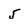
Character: 5